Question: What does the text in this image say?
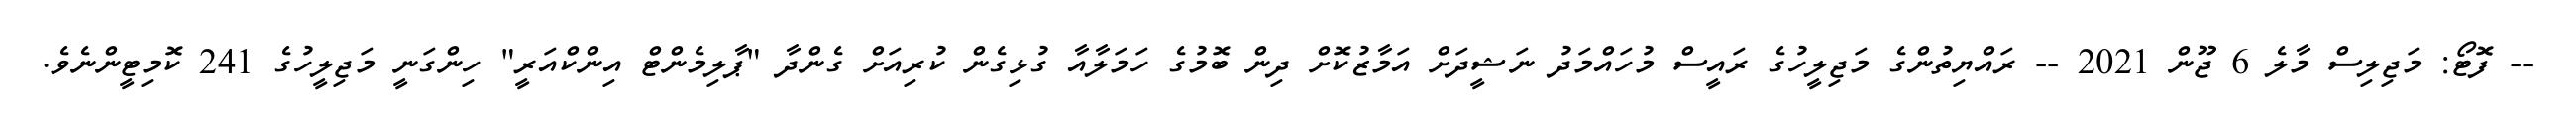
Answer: -- ފޮޓޯ: މަޖިލިސް މާލެ 6 ޖޫން 2021 -- ރައްޔިތުންގެ މަޖިލީހުގެ ރައީސް މުހައްމަދު ނަޝީދަށް އަމާޒުކޮށް ދިން ބޮމުގެ ހަމަލާއާ ގުޅިގެން ކުރިއަށް ގެންދާ "ޕާލިމެންޓް އިންކްއަރީ" ހިންގަނީ މަޖިލީހުގެ 241 ކޮމިޓީންނެވެ.